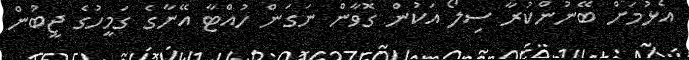
އެޅުމަށް ބޭނުންކުރާ ސިލޯ އަކުން ގޮވާން ނަގަން ހުއްޓާ އޭނާގެ ގަމީހުގެ ޖީބުން